Report on sanitation, dispensaries, and jails in Rajputana for 1911, and on vaccination for the year 1911-1912 - 1911-1912
Year: 1911
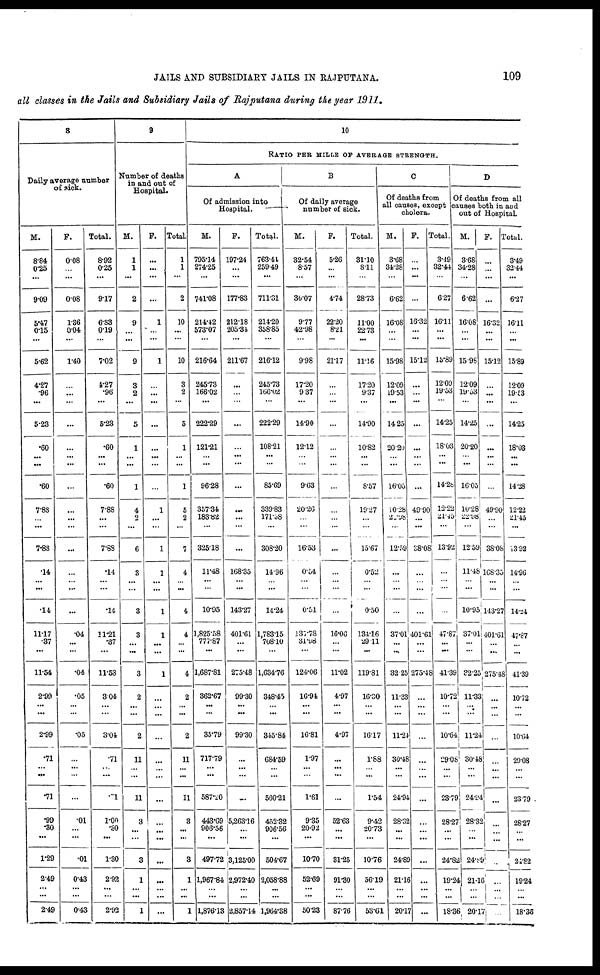
JAILS AND SUBSIDIARY JAILS IN RAJPUTANA.
109
all classes in the Jails and Subsidiary Jails of Rajputana during the year 1911.
8
Daily average number
of sick.
M.
8.84
0.25
...
9.09
5.47
0.15
...
5.62
4.27
.96
...
5.23
.60
...
...
.60
7.88
...
...
7.88
.14
...
...
.14
11.17
.37
...
11.54
2.90
...
...
2.99
.71
...
...
.71
.99
.30
...
1.29
2.49
...
...
2.49
F.
0.08
...
...
0.08
1.36
0.04
...
1.40
...
...
...
...
...
...
...
...
...
...
...
...
...
...
...
...
.04
...
...
.04
.05
...
...
.05
...
...
...
...
.01
...
...
.01
0.43
...
...
0.43
Total.
8.92
0.25
...
9.17
6.83
0.19
...
7.02
4.27
.96
...
5.23
.60
...
...
.60
7.88
...
...
7.88
.14
...
...
.14
11.21
.37
...
11.53
3.04
...
...
3.04
.71
...
...
.71
1.00
.30
...
1.30
2.92
...
...
2.92
9
Number of deaths
in and out of
Hospital.
M.
1
1
...
2
9
...
...
9
3
2
...
5
1
...
...
1
4
2
...
6
3
...
...
3
3
...
...
3
2
...
...
2
11
...
...
11
3
...
...
3
1
...
...
1
F.
...
...
...
...
1
...
...
1
...
...
...
...
...
...
...
...
1
...
...
1
1
...
...
1
1
...
...
1
...
...
...
...
...
...
...
...
...
...
...
...
...
...
...
Total
1
1
...
2
10
...
...
10
3
2
...
5
1
...
...
1
5
2
...
7
4
...
...
4
4
...
...
4
2
...
...
2
11
...
...
11
3
...
...
3
1
...
...
1
10
RATIO PER MILLE OF AVERAGE STRENGTH.
A
Of admission into
Hospital.
M.
795.14
274.25
...
7411.08
214.42
573.07
...
216.64
245.73
166.02
...
222.29
121.21
...
...
96.28
357.34
183.02
...
325.18
11.48
...
...
10.95
1,825.58
777.87
...
1,687.81
362.67
...
...
35.79
717.79
...
...
587.20
443.69
906.56
...
497.72
1,967.84
... ...
1,876.13
F.
197.24
...
...
177.83
212.18
205.31
...
211.67
...
...
...
...
...
...
...
...
...
...
...
...
168.35
...
...
143.27
401.61
...
...
275.48
99.30
...
...
99.30
...
...
...
...
5,263.16
...
...
3,125.00
2,972.40
...
...
2,857.14
Total.
763.41
259.49
...
711.31
214.20
358.85
...
216.12
245.73
166.02
...
222.29
108.21
...
...
85.69
339.83
171.58
...
308.20
14.96
...
...
14.24
1,783.15
708.10
...
1,634.76
348.45
...
...
345.84
684.59
...
...
560.21
452.32
906.56
...
504.67
2,058.88
...
...
1,964.38
B
Of daily average
number of sick.
M.
32.54
8.57
...
30.07
9.77
42.98
...
9.98
17.20
9.37
...
14.90
12.12
1
...
9.63
20.26
...
...
16.53
0.54
...
...
0.51
137.78
31.98
...
124.06
16.94.
...
...
16.81
1.97
...
...
1.61
9.35
20.92
...
10.70
52.69
...
...
50.23
F.
5.26
...
...
4.74
22.20
8.21
...
21.17
...
...
...
...
...
...
...
...
...
...
...
...
...
...
...
...
16.06
...
...
11.02
4.97
...
...
4.97
...
...
...
...
52.63
...
...
81.25
91.30
... ...
87.76
Total.
31.10
8.11
...
28.73
11.00
22.73
...
11.16
17.20
9.37
...
14.90
10.82
...
...
8.57
19.27
...
15.67
0.52
...
...
0.50
134.16
29.11
...
119.81
16.30
...
...
16.17
1.88
...
...
1.54
9.42
20.73
...
10.76
56.19
...
...
53.61
C
Of deaths from
all causes, except
cholera.
M.
3.68
34.28
...
6.62
16.08
...
...
15.98
12.09
19.53
...
14.25
20. 20
...
...
16.05
10.28
20.98
...
12.59
...
...
...
...
37.01
...
...
32.25
11.33
...
...
11.21
30.48
...
...
24.94
28.32
...
...
24.89
21.16
...
...
20.17
F.
...
...
...
...
16.32
...
...
15.12
...
...
...
...
...
...
...
...
49.90
...
...
38.08
...
...
...
...
401.61
...
...
275.48
...
...
...
...
...
...
...
...
...
...
...
...
...
...
...
...
Total.
3.49
32.44
...
6.27
16.11
...
...
15.8S
12.09
...
...
14.25
18.03
...
...
14.28
12.22
21.45
...
13.92
...
...
...
...
47.87
...
...
41.39
10.72
...
...
10.64
29.08
...
...
23.79
28.27
...
...
24.82
19.24
...
...
18.36,
D
Of deaths from all
causes both in and
out of Hospital.
M.
3.68
34.28
...
6.62
16.08
...
...
15.98
12.09
19.53
...
14.25
20.20
...
...
16.05
10.28
22.98
...
12.591
11.88
...
...
10.95
37.01
...
...
32.25
11.33
...
...
11.24
30.48
...
...
24.94
28.32
...
...
24.89
21.16
...
...
20.17
F.
...
...
...
...
16.32
...
...
15.12
...
...
...
...
...
...
...
...
49.90
...
...
38.08
68.35
...
...
143.27
401.61
...
...
275.48
...
...
...
...
...
...
...
...
...
...
...
...
...
...
...
...
Total.
3.49
32.44
...
6.27
16.11
...
...
15.89
12.09
19.53
...
14.25
18.03
...
...
14.28
12.22
21.45
...
13.92
14.96
...
...
14.24
47.87
...
...
41.39
10.72
...
...
10.64
29.08
...
...
23.79
28.27
...
...
24.82
19.24
...
...
18.36